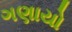
ગણાયો